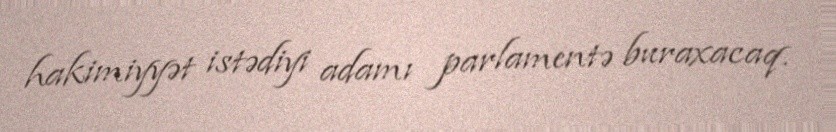
hakimiyyət istədiyi adamı parlamentə buraxacaq.